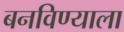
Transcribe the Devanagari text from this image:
बनविण्याला